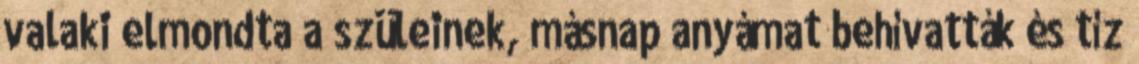
valaki elmondta a szüleinek, másnap anyámat behívatták és tíz